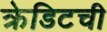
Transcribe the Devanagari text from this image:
क्रेडिटची